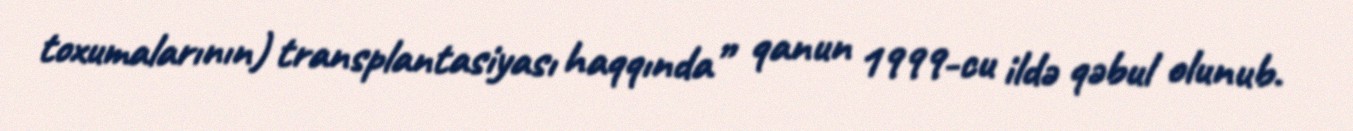
toxumalarının) transplantasiyası haqqında” qanun 1999-cu ildə qəbul olunub.